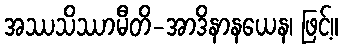
အဿသိဿာမီတိ-အာဒိနာနယေန၊ ဖြင့်။